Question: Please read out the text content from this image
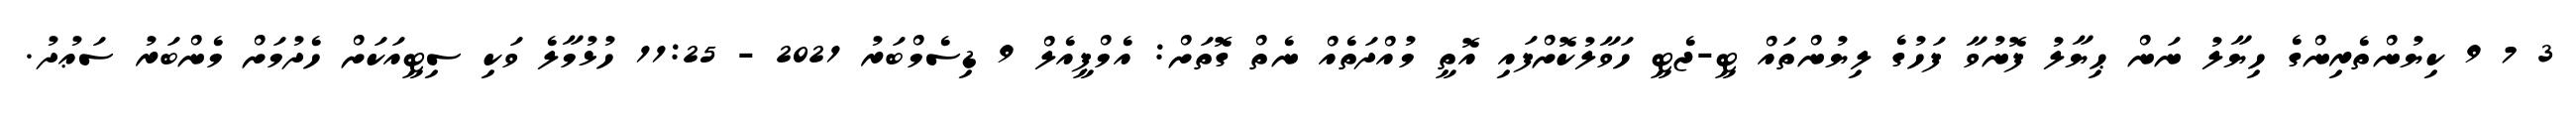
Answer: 3 7 9 ކިޔުންތެރިންގެ ހިޔާލު ނަން ޙިޔާލު ފޮނުވާ ފަހުގެ ލިޔުންތައް ޓީ-ޖެޓީ ހަވާލުކޮށްފައި އޮތީ މުއްދަތެއް ނެތް ގޮތަށް: އެމްޕީއެލް 9 ޑިސެމްބަރު 2021 - 11:25 ހުޅުމާލެ ވަކި ސިޓީއަކަށް ހެދުމަށް މެންބަރު ސަޢުދު.